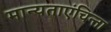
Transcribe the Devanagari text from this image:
मान्यताएंचिन्ता